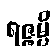
ရဇ္ဇမ္ပိ